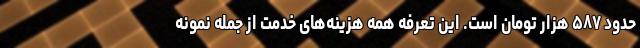
حدود ۵۸۷ هزار تومان است. این تعرفه همه هزینه‌های خدمت از جمله نمونه